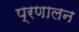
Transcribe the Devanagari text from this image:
प्रणालन